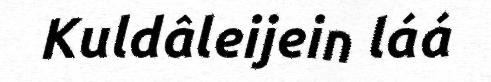
Kuldâleijein láá